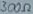
Text: 300Ω